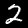
Label: 2